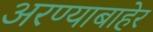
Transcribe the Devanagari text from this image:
अरण्याबाहेर